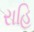
રાહિ